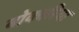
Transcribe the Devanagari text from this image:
बोकारिया